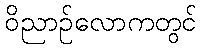
ဝိညာဉ်လောကတွင်